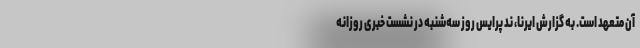
آن متعهد است. به گزارش ایرنا، ند پرایس روز سه‌شنبه در نشست خبری روزانه